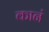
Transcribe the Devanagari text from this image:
कानं